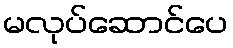
မလုပ်ဆောင်ပေ